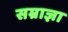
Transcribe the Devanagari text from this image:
सम्राज्ञा